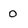
Character: 0